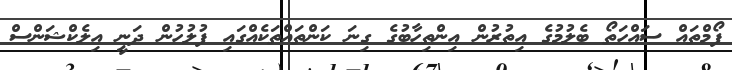
ފޯމްތައް ސައްހަތޯ ބެލުމުގެ އިތުރުން އިންތިހާބުގެ ގިނަ ކަންތައްތަކެއްގައި ފުލުހުން ދަނީ އިލެކްޝަންސް